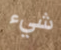
شيء